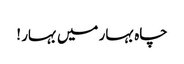
چاہ بہار میں بہار !